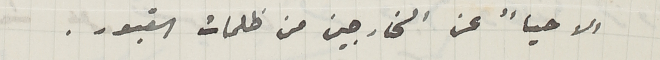
الاحيأً عن الخارجين من ظلمات القبور.